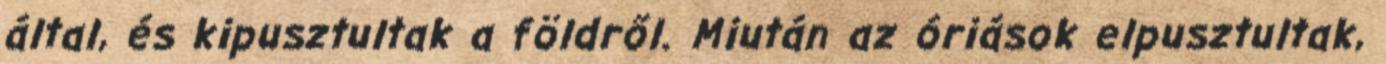
által, és kipusztultak a földről. Miután az óriások elpusztultak,